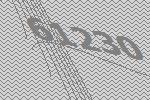
61230